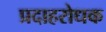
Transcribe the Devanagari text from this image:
प्रदाहरोधक